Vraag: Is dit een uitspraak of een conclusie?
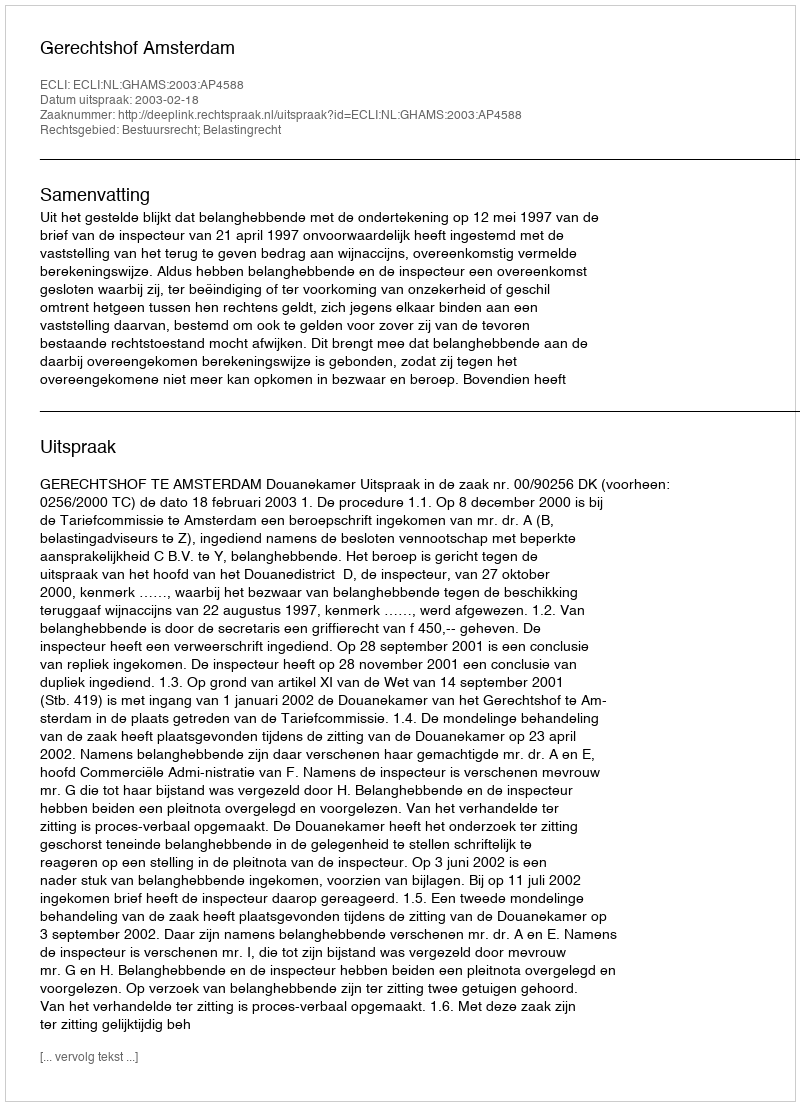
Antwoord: Uitspraak